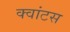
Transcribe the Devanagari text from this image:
क्वांटस